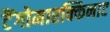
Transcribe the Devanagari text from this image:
टैंगोमारक्किनाट